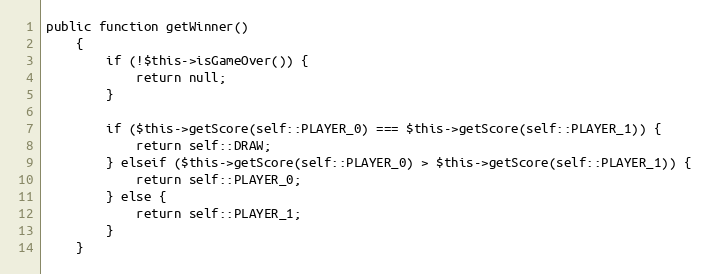
Language: PHP
public function getWinner()
    {
        if (!$this->isGameOver()) {
            return null;
        }

        if ($this->getScore(self::PLAYER_0) === $this->getScore(self::PLAYER_1)) {
            return self::DRAW;
        } elseif ($this->getScore(self::PLAYER_0) > $this->getScore(self::PLAYER_1)) {
            return self::PLAYER_0;
        } else {
            return self::PLAYER_1;
        }
    }